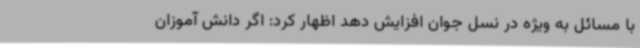
با مسائل به ویژه در نسل جوان افزایش دهد اظهار کرد: اگر دانش آموزان